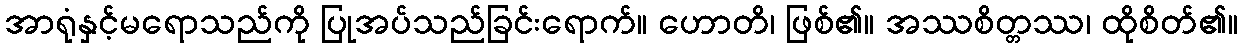
အာရုံနှင့်မရောသည်ကို ပြုအပ်သည်ခြင်းရောက်။ ဟောတိ၊ ဖြစ်၏။ အဿစိတ္တဿ၊ ထိုစိတ်၏။